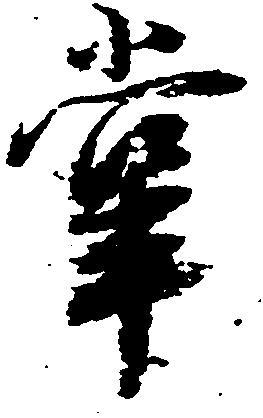
掌